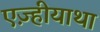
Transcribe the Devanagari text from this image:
एज़्हीयाथा